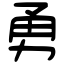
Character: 勇